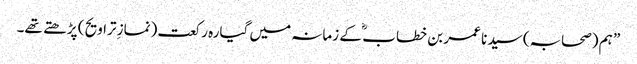
” ہم (صحابہ) سید نا عمر بن خطاب ؓ کے زمانہ میں گیارہ رکعت (نمازِ تراویح ) پڑھتے تھے۔